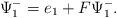
LaTeX: \begin{align*}\Psi^-_1=e_1+F \Psi^-_1.\end{align*}